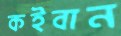
কইবান